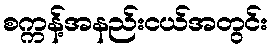
စက္ကန့်အနည်းငယ်အတွင်း